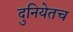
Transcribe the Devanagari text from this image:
दुनियेतच